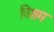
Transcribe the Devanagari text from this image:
विशम